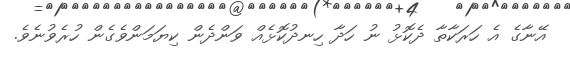
އޭނާގެ އެ ހަރަކާތާ ދެކޮޅު ނު ހަދާ ހިނދުކޮޅެއް ވަންދެން ކިޔަމަންވެގެން ހުރެވުނެވެ.